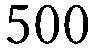
500